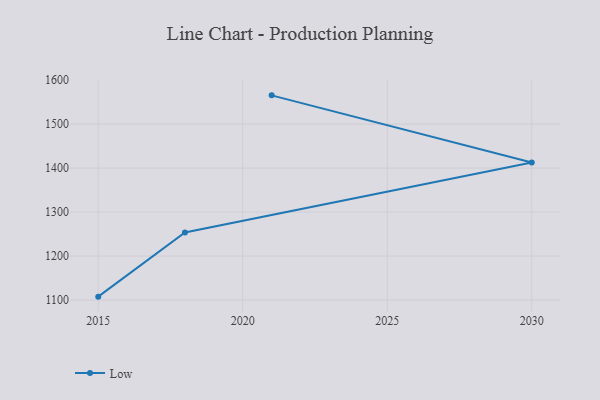
{"axis": {"x": "Year", "y": "Temperature (°C)"}, "legend": ["Low"], "data": [{"x": "2015", "y": 1107.7, "type": "Low"}, {"x": "2018", "y": 1253.7, "type": "Low"}, {"x": "2030", "y": 1412.7, "type": "Low"}, {"x": "2021", "y": 1565.3, "type": "Low"}]}